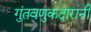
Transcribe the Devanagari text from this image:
गुंतवणुकदारांनी